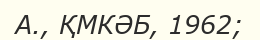
А., ҚМКӘБ, 1962;